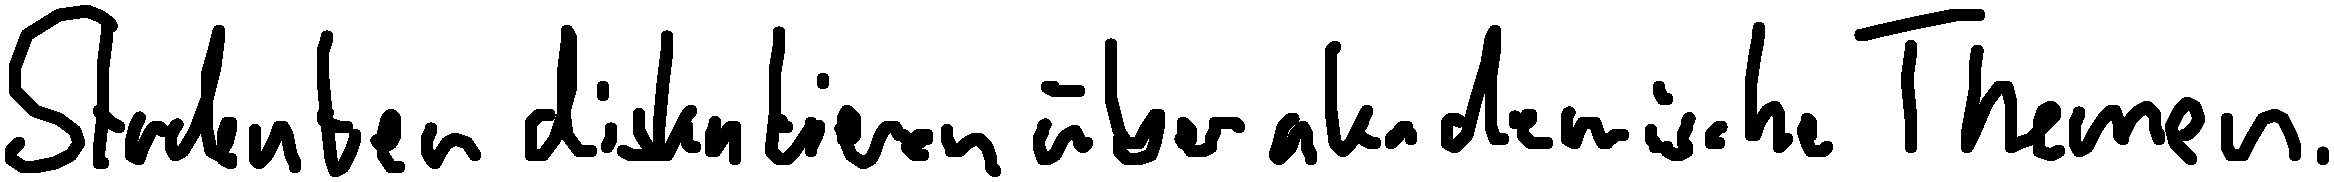
Studenten diskutieren über akademische Themen.